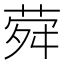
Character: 𦲋